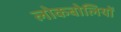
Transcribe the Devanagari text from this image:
लोकबोलियों